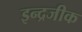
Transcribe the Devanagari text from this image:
इन्द्रजीक